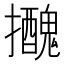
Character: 𢹧